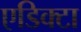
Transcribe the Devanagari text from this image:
एडिक्टा